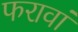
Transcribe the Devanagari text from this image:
फरावां